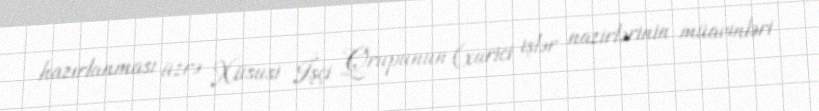
hazırlanması üzrə Xüsusi İşçi Qrupunun (xarici işlər nazirlərinin müavinləri